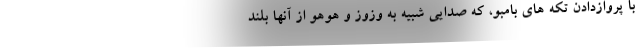
با پروازدادن تکه های بامبو، که صدایی شبیه به وزوز و هوهو از آنها بلند